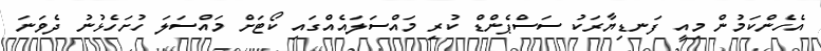
އެހެންކަމުން މިއީ ފަނޑިޔާރަކު ސަސްޕެންޑް ކުރި މައްސަލައެއްގައި ކޯޓަށް މައްސަލަ ހުށަހެޅުނު ދެވަނަ